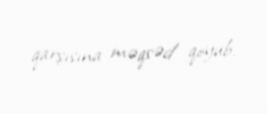
qarşısına məqsəd qoyub.